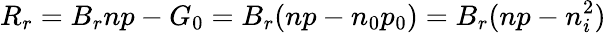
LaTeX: R_{r}=B_{r}np-G_{0}=B_{r}(np-n_{0}p_{0})=B_{r}(np-n_{i}^{2})